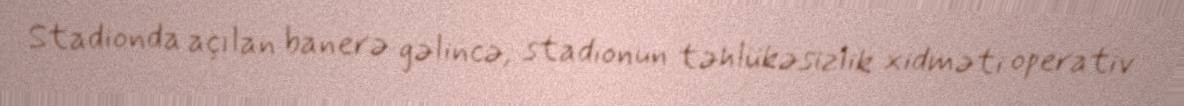
Stadionda açılan banerə gəlincə, stadionun təhlükəsizlik xidməti operativ